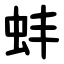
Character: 蚌